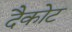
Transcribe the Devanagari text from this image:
दैकोट